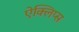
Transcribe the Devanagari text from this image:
ऐक्लिप्स